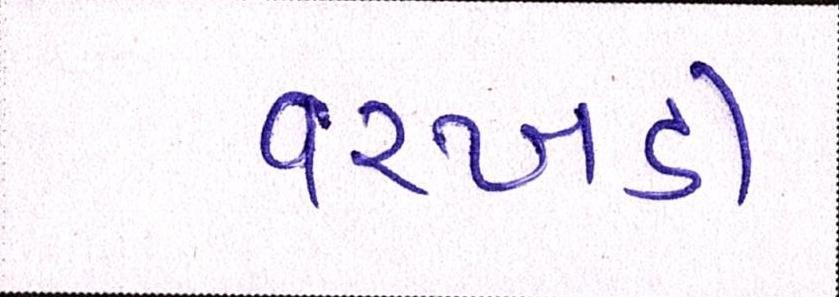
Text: વરખડી